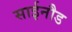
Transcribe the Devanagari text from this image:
साईनौड